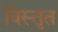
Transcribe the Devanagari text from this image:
विस्‍तृत